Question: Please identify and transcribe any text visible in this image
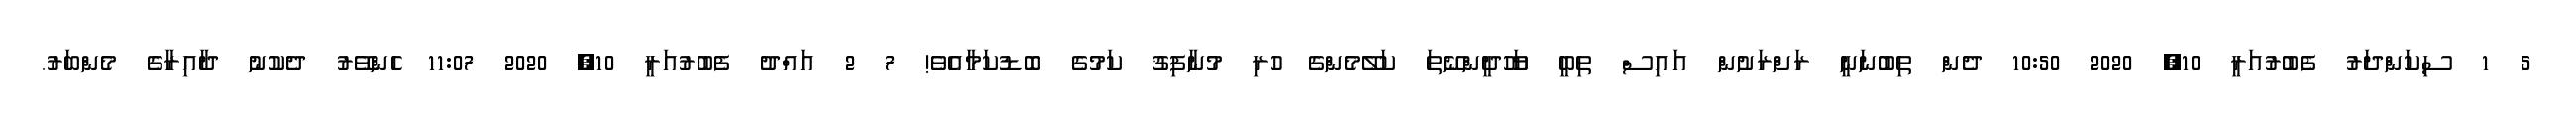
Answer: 5 1 ސިކަންދަރު ފެބުރުއަރީ 10, 2020 10:50 ދެން ތިބުނަނީ ރަށްރަށުން އައިސް ތިބީ ޔަހޫދީންނޭތަ ކަލޭމެންގެ ހުރި މުނާފިޤު ކަމުގެ ބޮޑުކަމާއެވެ! 7 2 އައްދު ފެބުރުއަރީ 10, 2020 11:07 ހެންވޭރު ދެކުނު ދާއިރާގެ މެންބަރު.